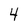
Character: 4